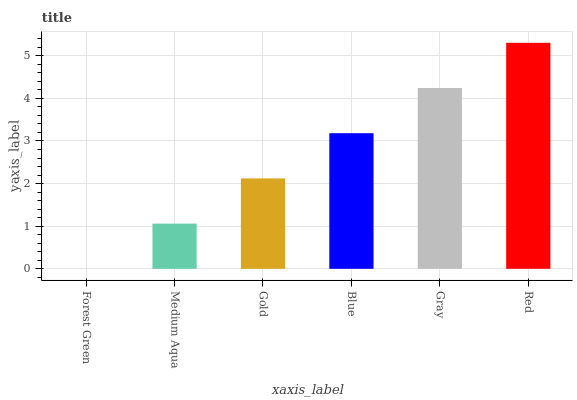
| xaxis_label | bars |
 | --- | --- |
 | Forest Green | 0 |
 | Medium Aqua | 1.06 |
 | Gold | 2.12 |
 | Blue | 3.18 |
 | Gray | 4.24 |
 | Red | 5.3 |